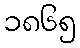
၁၈၆၅